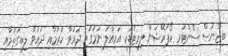
ބިޒްނަސް ސެންޓަރ ކޯޕަރޭޝަން ލިމިޓެޑަކީ އަމިއްލަ ނަމުގައި ދައުވާ ކުރުމާއި ދައުވާ ލިބިގަތުމާއި